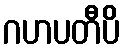
ဂဟပတီပိ